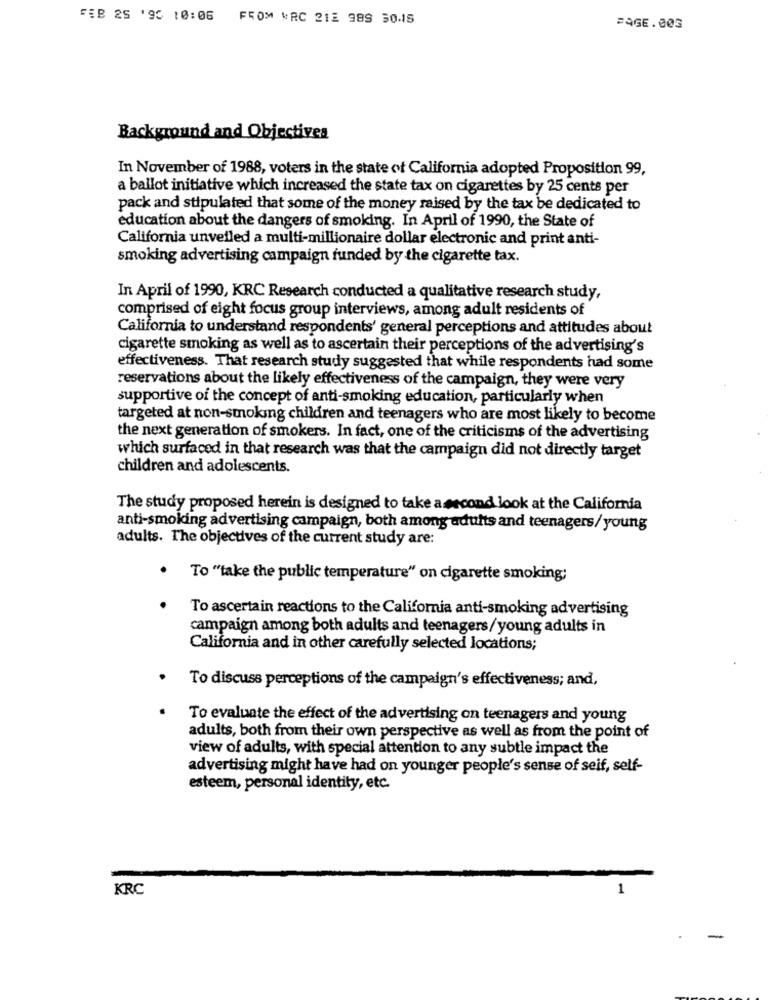
FEB 25 '90 10:06 FROM WRC 212 989 30-15
BAGE.003
Background and Objectives
In November of 1988, voters in the state of California adopted Proposition 99,
a ballot initiative which increased the state tax on cigarettes by 25 cents per
pack and stipulated that some of the money raised by the tax be dedicated to
education about the dangers of smoking. In April of 1990, the State of
California unveiled a multi-millionaire dollar electronic and print anti-
smoking advertising campaign funded by the cigarette tax.
In April of 1990, KRC Research conducted a qualitative research study,
comprised of eight focus group interviews, among adult residents of
California to understand respondents' general perceptions and attitudes about
cigarette smoking as well as to ascertain their perceptions of the advertising's
effectiveness. That research study suggested that while respondents had some
reservations about the likely effectiveness of the campaign, they were very
supportive of the concept of anti-smoking education, particularly when
targeted at non-smoking children and teenagers who are most likely to become
the next generation of smokers. In fact, one of the criticisms of the advertising
which surfaced in that research was that the campaign did not directly target
children and adolescents.
The study proposed herein is designed to take a second look at the California
anti-smoking advertising campaign, both among adults and teenagers/ young
adults. The objectives of the current study are:
. To "take the public temperature" on cigarette smoking;
To ascertain reactions to the California anti-smoking advertising
campaign among both adults and teenagers/young adults in
California and in other carefully selected locations;
To discuss perceptions of the campaign's effectiveness; and,
To evaluate the effect of the advertising on teenagers and young
adults, both from their own perspective as well as from the point of
view of adults, with special attention to any subtle impact the
advertising might have had on younger people's sense of seif, self-
esteem, personal identity, etc.
KRC
1